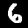
Label: 6